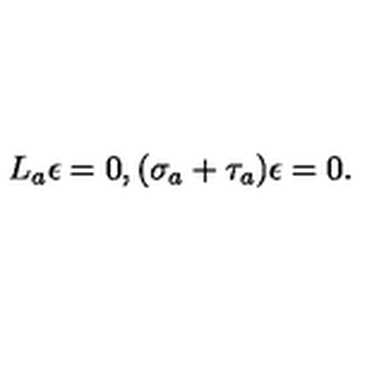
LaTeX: L _ { a } \epsilon = 0 , ( \sigma _ { a } + \tau _ { a } ) \epsilon = 0 .